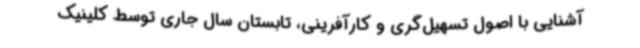
آشنایی با اصول تسهیل‌گری و کارآفرینی، تابستان سال جاری توسط کلینیک